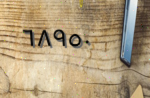
٦٨٩٥٠